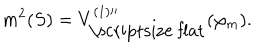
m ^ { 2 } ( S ) = V _ { \mathrm { \scriptsize ~ f l a t } } ^ { ( 1 ) \prime \prime } ( \varphi _ { m } ) .